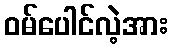
ဝမ်ပေါင်လဲ့အား